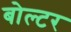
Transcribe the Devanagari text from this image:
बोल्टर